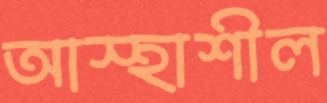
আস্হাশীল